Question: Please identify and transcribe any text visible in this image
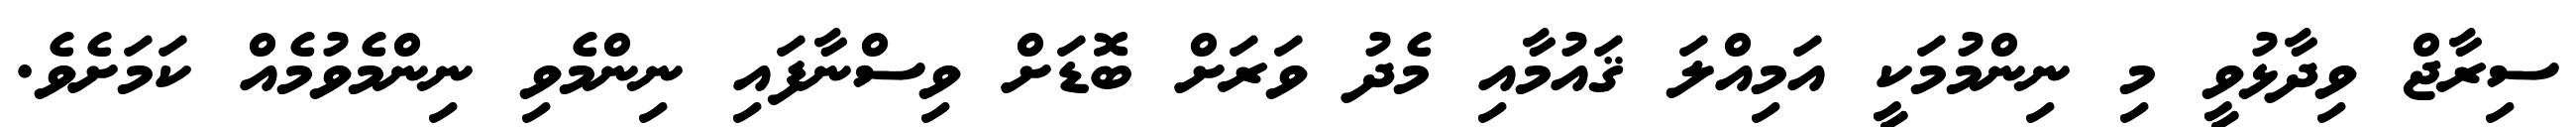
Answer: ސިރާޖް ވިދާޅުވީ މި ނިންމުމަކީ އަމިއްލަ ޤައުމާއި މެދު ވަރަށް ބޮޑަށް ވިސްނާފައި ނިންމެވި ނިންމެވުމެއް ކަމަށެވެ.